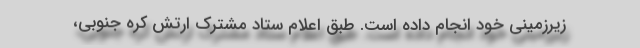
زیرزمینی خود انجام داده است. طبق اعلام ستاد مشترک ارتش کره جنوبی،